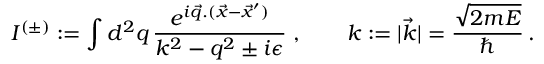
I ^ { ( \pm ) } : = \int d ^ { 2 } q \, \frac { e ^ { i \vec { q } . ( \vec { x } - \vec { x } ^ { \prime } ) } } { k ^ { 2 } - q ^ { 2 } \pm i \epsilon } \; , ~ ~ ~ ~ ~ ~ k : = | \vec { k } | = \frac { \sqrt { 2 m E } } { \hbar } \, .